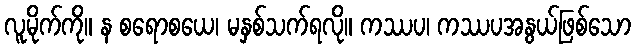
လူမိုက်ကို။ န စရောစယေ၊ မနှစ်သက်ရလို။ ကဿပ၊ ကဿပအနွယ်ဖြစ်သော